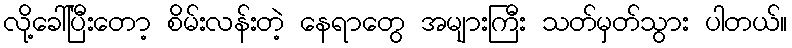
လို့ခေါ်ပြီးတော့ စိမ်းလန်းတဲ့ နေရာတွေ အများကြီး သတ်မှတ်သွား ပါတယ်။